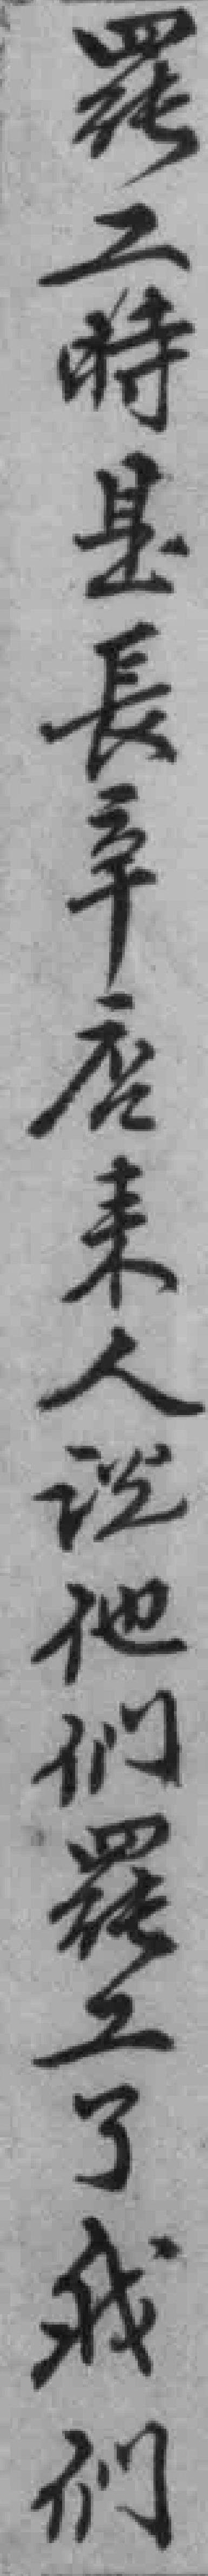
罷工時是長辛店来人说他们罷工了我们